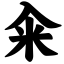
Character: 籴